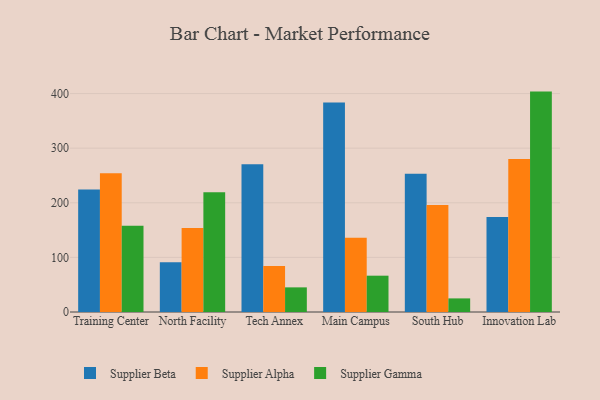
{"axis": {"x": "Campus", "y": "Gross Profit (USD K)"}, "legend": ["Supplier Alpha", "Supplier Beta", "Supplier Gamma"], "data": [{"x": "Training Center", "y": 224.1, "type": "Supplier Beta"}, {"x": "Training Center", "y": 253.9, "type": "Supplier Alpha"}, {"x": "Training Center", "y": 158.1, "type": "Supplier Gamma"}, {"x": "North Facility", "y": 91.3, "type": "Supplier Beta"}, {"x": "North Facility", "y": 153.7, "type": "Supplier Alpha"}, {"x": "North Facility", "y": 219.2, "type": "Supplier Gamma"}, {"x": "Tech Annex", "y": 270.6, "type": "Supplier Beta"}, {"x": "Tech Annex", "y": 84.2, "type": "Supplier Alpha"}, {"x": "Tech Annex", "y": 45.1, "type": "Supplier Gamma"}, {"x": "Main Campus", "y": 383.5, "type": "Supplier Beta"}, {"x": "Main Campus", "y": 135.8, "type": "Supplier Alpha"}, {"x": "Main Campus", "y": 66.5, "type": "Supplier Gamma"}, {"x": "South Hub", "y": 253.1, "type": "Supplier Beta"}, {"x": "South Hub", "y": 195.9, "type": "Supplier Alpha"}, {"x": "South Hub", "y": 24.9, "type": "Supplier Gamma"}, {"x": "Innovation Lab", "y": 174.1, "type": "Supplier Beta"}, {"x": "Innovation Lab", "y": 280.4, "type": "Supplier Alpha"}, {"x": "Innovation Lab", "y": 403.6, "type": "Supplier Gamma"}]}